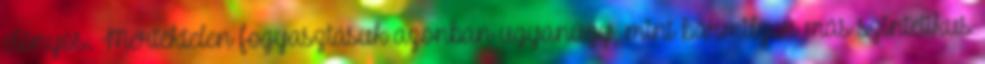
előnyös. Mértéktelen fogyasztásuk azonban ugyanúgy, mint bármilyen más szintetikus